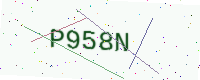
Text: P958N